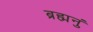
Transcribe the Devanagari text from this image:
ब्रह्मनुं